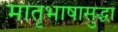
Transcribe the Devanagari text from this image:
मातृभाषासुद्धा